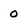
Character: 0